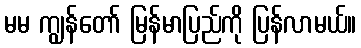
မမ ကျွန်တော် မြန်မာပြည်ကို ပြန်လာမယ်။